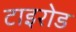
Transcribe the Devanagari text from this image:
टाइरोड